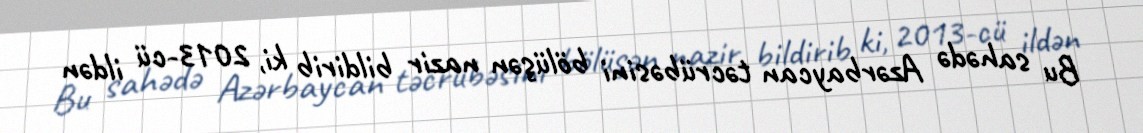
Bu sahədə Azərbaycan təcrübəsini bölüşən nazir bildirib ki, 2013-cü ildən